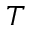
T